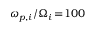
\omega _ { p , i } / \Omega _ { i } \! = \! 1 0 0